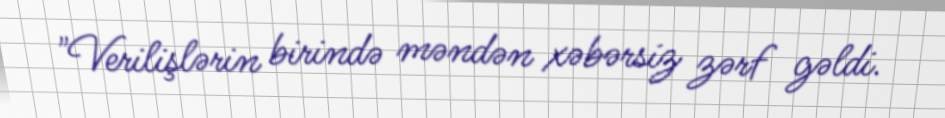
"Verilişlərin birində məndən xəbərsiz zərf gəldi.